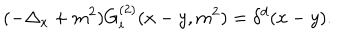
LaTeX: ( - \Delta _ { x } + m ^ { 2 } ) G _ { i } ^ { ( 2 ) } ( x - y , m ^ { 2 } ) = \delta ^ { d } ( x - y ) .